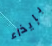
بإيذاء